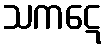
သကဋေ